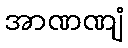
အာဏဏျံ